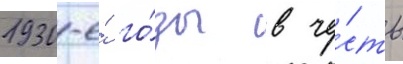
1930-е́ го́ды в че́сть